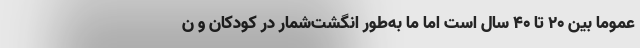
عموما بین ۲۰ تا ۴۰ سال است اما ما به‌طور انگشت‌شمار در کودکان و ن